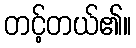
တင့်တယ်၏။